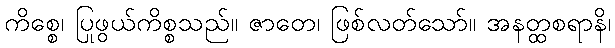
ကိစ္စေ၊ ပြုဖွယ်ကိစ္စသည်။ ဇာတေ၊ ဖြစ်လတ်သော်။ အနတ္ထစရာနိ၊